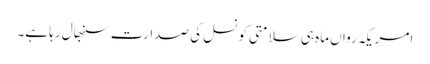
امریکہ رواں ماہ ہی سلامتی کونسل کی صدارت سنبھال رہا ہے۔